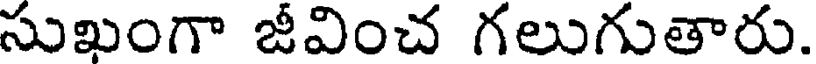
సుఖంగా జీవించ గలుగుతారు.